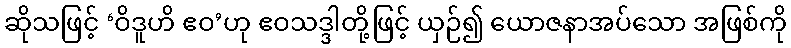
ဆိုသဖြင့် ‘ဝိဒူဟိ ဧဝ’ဟု ဧဝသဒ္ဒါတို့ဖြင့် ယှဉ်၍ ယောဇနာအပ်သော အဖြစ်ကို